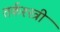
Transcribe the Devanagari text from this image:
तर्कश्स्त्री